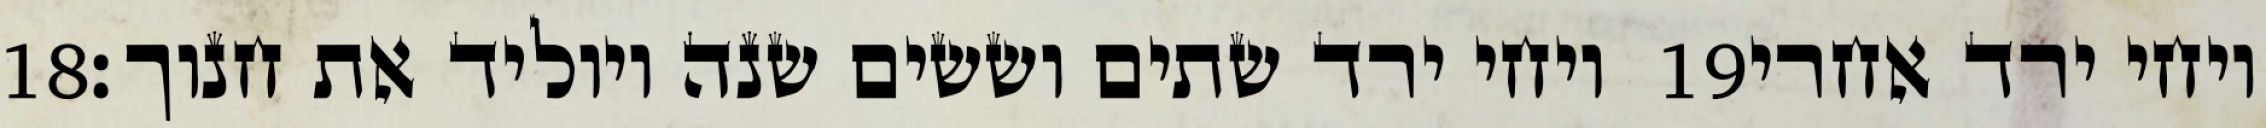
‎18‏ ויחי ירד שתים וששים שנה ויוליד את חנוך׃ ‎19‏ ויחי ירד אחרי